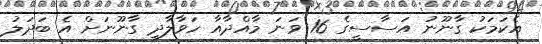
އެކަމަކު ގާނޫނު އަސާސީގެ 16 ވަނަ މާއްދާއާ ހަވާލާދީ ގާނޫނަށް އެ ބަދަލު